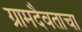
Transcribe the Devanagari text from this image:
ग्रामदैवताचा